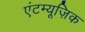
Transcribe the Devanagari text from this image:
एंटम्यूज़िक